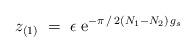
LaTeX: \begin{align*}z_{(1)} \;=\; \epsilon \;{\rm e}^{- \pi\,/\,2 (N_1 - N_2)\,g_s}\end{align*}